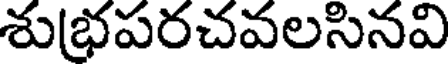
శుభ్రపరచవలసినవి